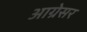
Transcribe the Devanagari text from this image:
आग्रेसर